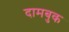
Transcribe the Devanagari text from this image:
दामबुक